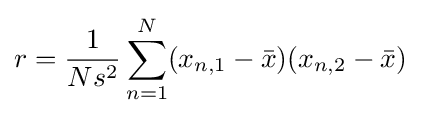
r={\frac {1}{Ns^{2}}}\sum _{n=1}^{N}(x_{n,1}-{\bar {x}})(x_{n,2}-{\bar {x}})